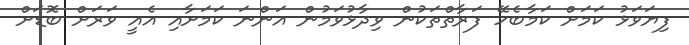
ފިޔަވަޅު ކަމަށް ކަމާބެހޭ ފަރާތްތަކުން ވިދާޅުވަމުން އަންނަ ކަމަށާއި އެއީ ވަރަށް ބޮޑަށް